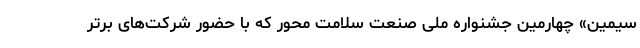
سیمین» چهارمین جشنواره ملی صنعت سلامت محور که با حضور شرکت‌های برتر